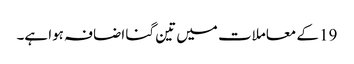
19 کے معاملات میں تین گنا اضافہ ہوا ہے۔